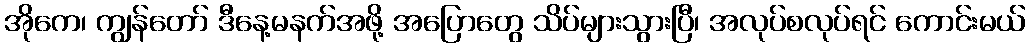
အိုကေ၊ ကျွန်တော် ဒီနေ့မနက်အဖို့ အပြောတွေ သိပ်များသွားပြီ၊ အလုပ်စလုပ်ရင် ကောင်းမယ်